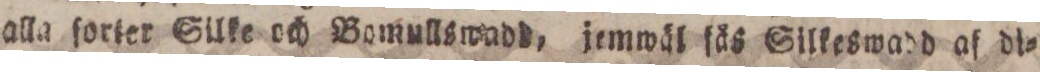
alla forter Silke och Bomullswadt, jemwäl fäs Silkeswadd af di=